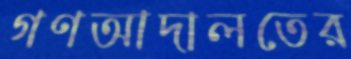
গণআদালতের